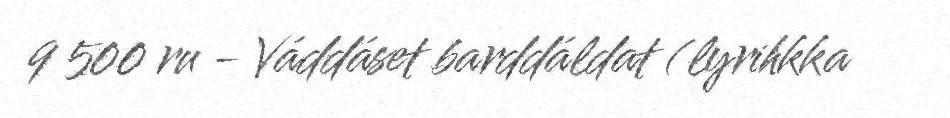
9 500 ru - Váddáset barddáldat (lyrihkka